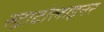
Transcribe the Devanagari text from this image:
स्ट्राटोलाइनर